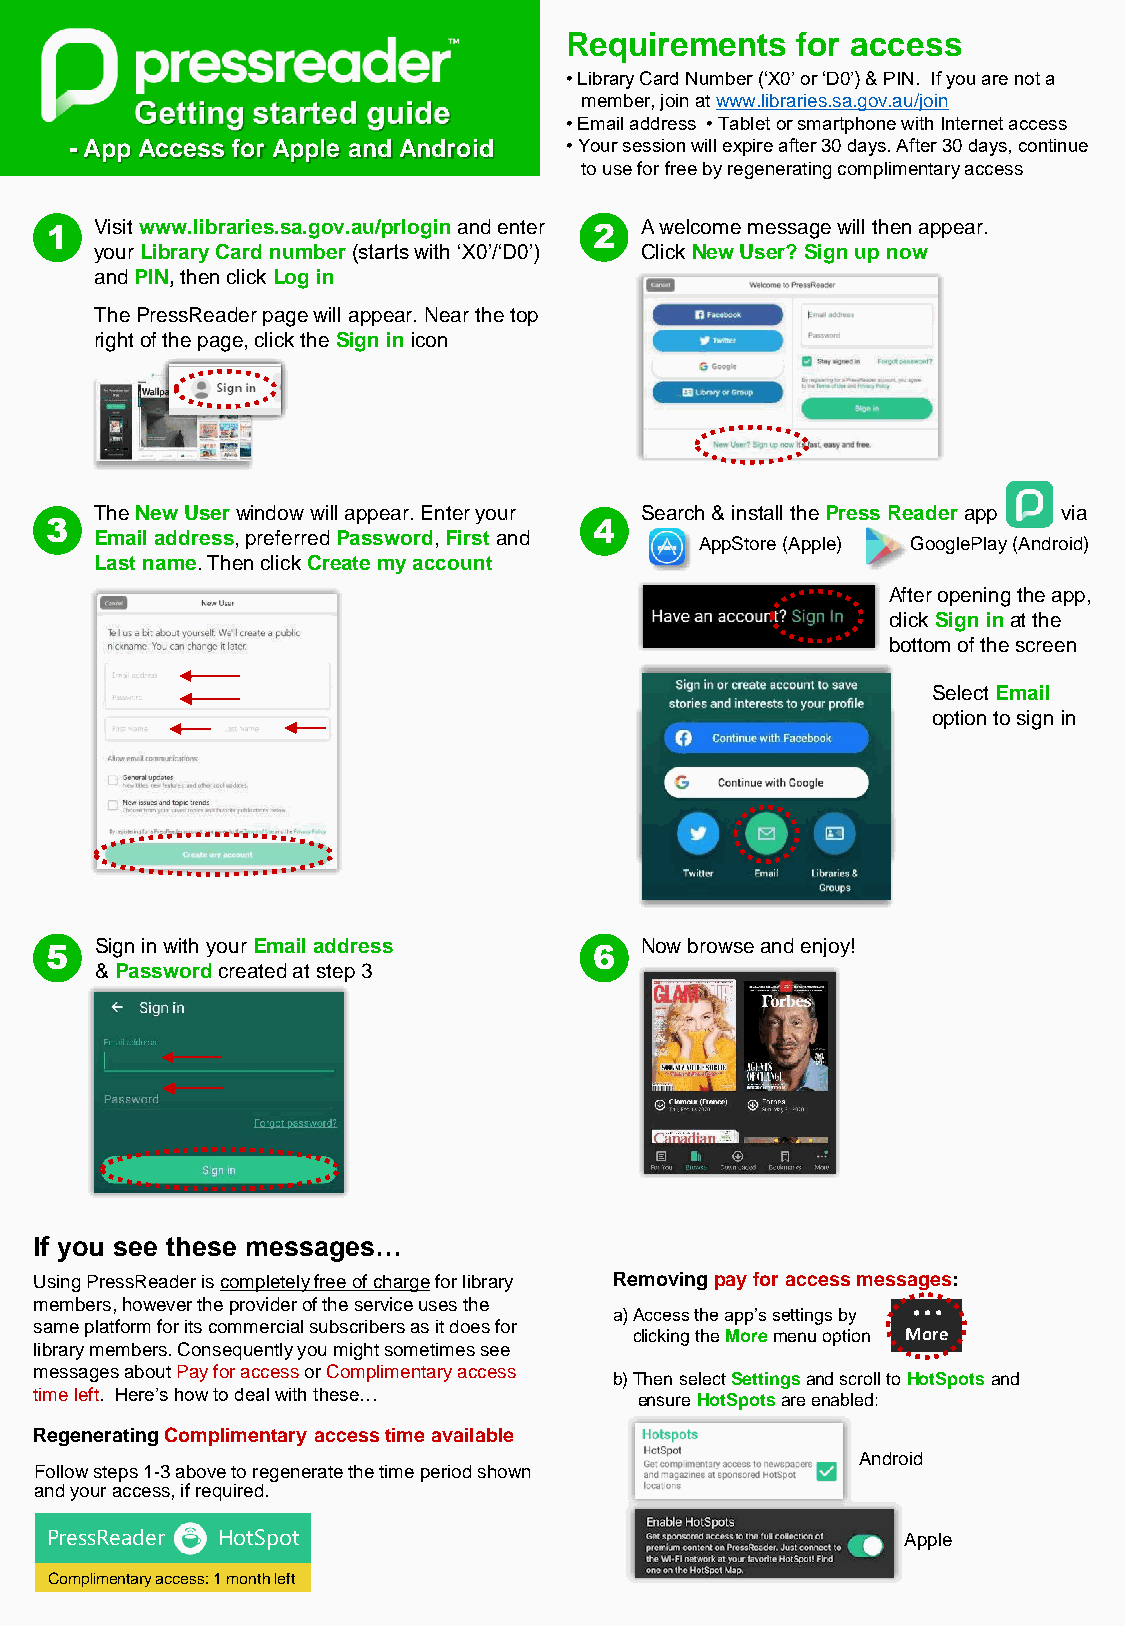
Requirements    for access
 • Library Card Number (‘X0’ or ‘D0’) & PIN. If you are not a
 member, join at www.libraries.sa.gov.au/join
 • Email address • Tablet or smartphone with Internet access
 -App Access for Apple and Android • Your session will expire after 30 days. After 30 days, continue
 to use for free by regenerating complimentary access
 1  Visit www.libraries.sa.gov.au/prlogin and enter 2 A welcome message will then appear.
 your Library Card number(starts with ‘X0’/‘D0’) Click New User? Sign up now
 and PIN, then click Log in
 The PressReaderpage will appear. Near the top
 right of the page, click the Sign in icon
 The New Userwindow will appear. Enter your Search & install the Press Readerapp via
 3                                   4
 Email address, preferred Password, Firstand
 AppStore(Apple) GooglePlay(Android)
 Last name. Then click Create my account
 After opening the app,
 click Sign inat the
 bottom of the screen
 Select Email
 option to sign in
 Sign in with your Email address     Now browse and enjoy!
 5                                   6
 & Passwordcreated at step 3
 If you see these messages…
 Using PressReaderis completely free of chargefor library Removing pay for access messages:
 …
 members, however the provider of the service uses the
 a) Access the app’s settings by
 same platform for its commercial subscribers as it does for
 clicking the Moremenu option More
 library members. Consequently you might sometimes see
 messages about Pay for accessor Complimentary access
 b) Then select Settingsand scroll to HotSpotsand
 time left. Here’s how to deal with these…
 ensure HotSpotsare enabled:
 Regenerating Complimentary access time available
 Android
 Follow steps 1-3 above to regenerate the time period shown
 and your access, if required.
 PressReader HotSpot                                      Apple
 Complimentary access: 1 month left